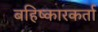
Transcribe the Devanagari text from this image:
बहिष्कारकर्ता